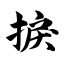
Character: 捩